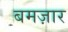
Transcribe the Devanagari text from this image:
बमज़ार